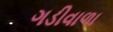
ગડીવાળા